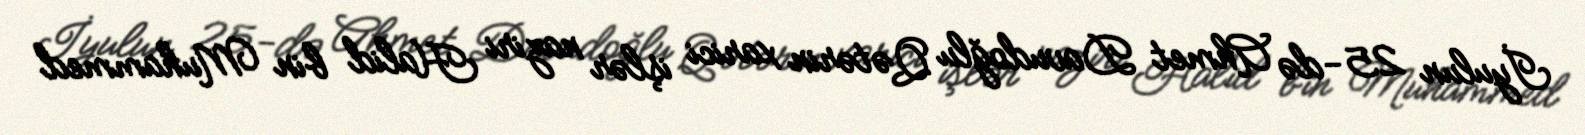
İyulun 25-də Ahmet Davudoğlu Qətərin xarici işlər naziri Halid bin Muhammed